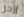
إرحل